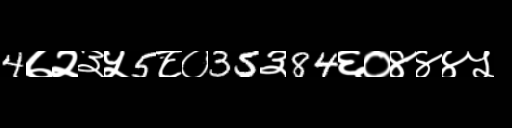
Text: 4७२३५5८०35३84६०४४४५